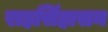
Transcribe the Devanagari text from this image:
राहसिंहासन